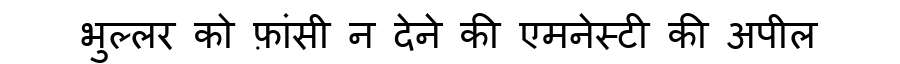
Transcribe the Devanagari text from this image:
भुल्लर को फ़ांसी न देने की एमनेस्टी की अपील